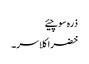
ذرہ سوچیئے
خضراکلاسر۔